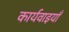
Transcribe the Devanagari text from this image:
कार्यवाइयाँ